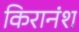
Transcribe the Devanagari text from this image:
किरानंश